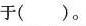
于（）。